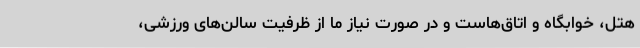
هتل، خوابگاه و اتاق‌هاست و در صورت نیاز ما از ظرفیت سالن‌های ورزشی،